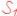
Text: S1